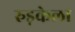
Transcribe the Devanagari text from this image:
रुड़केला